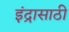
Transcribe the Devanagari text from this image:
इंद्रासाठी